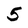
Character: 5